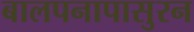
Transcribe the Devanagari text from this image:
बालपनापासुरन